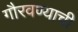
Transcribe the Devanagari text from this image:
गौरवण्याची